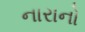
નારાનો